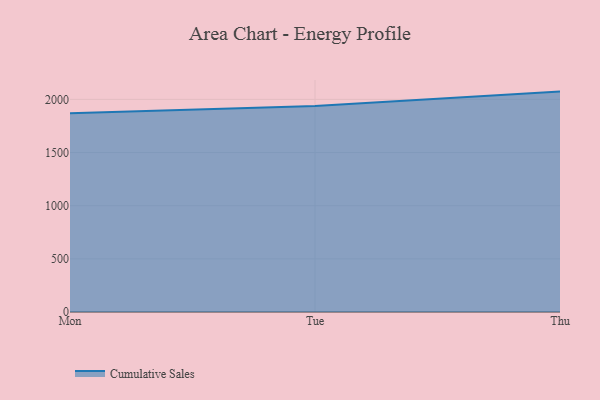
{"axis": {"x": "Day", "y": "Backlog"}, "legend": ["Cumulative Sales"], "data": [{"x": "Mon", "y": 1868.6, "type": "Cumulative Sales"}, {"x": "Tue", "y": 1937.4, "type": "Cumulative Sales"}, {"x": "Thu", "y": 2073.3, "type": "Cumulative Sales"}]}